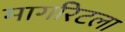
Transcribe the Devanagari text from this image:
मार्गारेटला